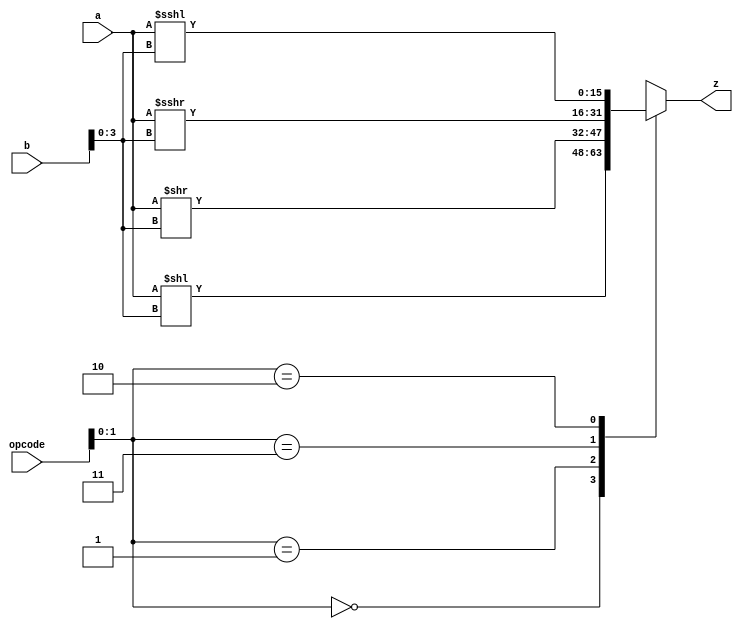
module bitshift_23 (
    input [5:0] opcode,
    input [15:0] a,
    input [15:0] b,
    output reg [15:0] z
  );
  
  
  
  always @* begin
    
    case (opcode[0+1-:2])
      2'h0: begin
        z = a << b[0+3-:4];
      end
      2'h1: begin
        z = a >> b[0+3-:4];
      end
      2'h3: begin
        z = $signed(a) >>> b[0+3-:4];
      end
      2'h2: begin
        z = $signed(a) <<< b[0+3-:4];
      end
      default: begin
        z = a;
      end
    endcase
  end
endmodule